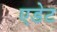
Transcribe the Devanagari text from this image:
एडेट